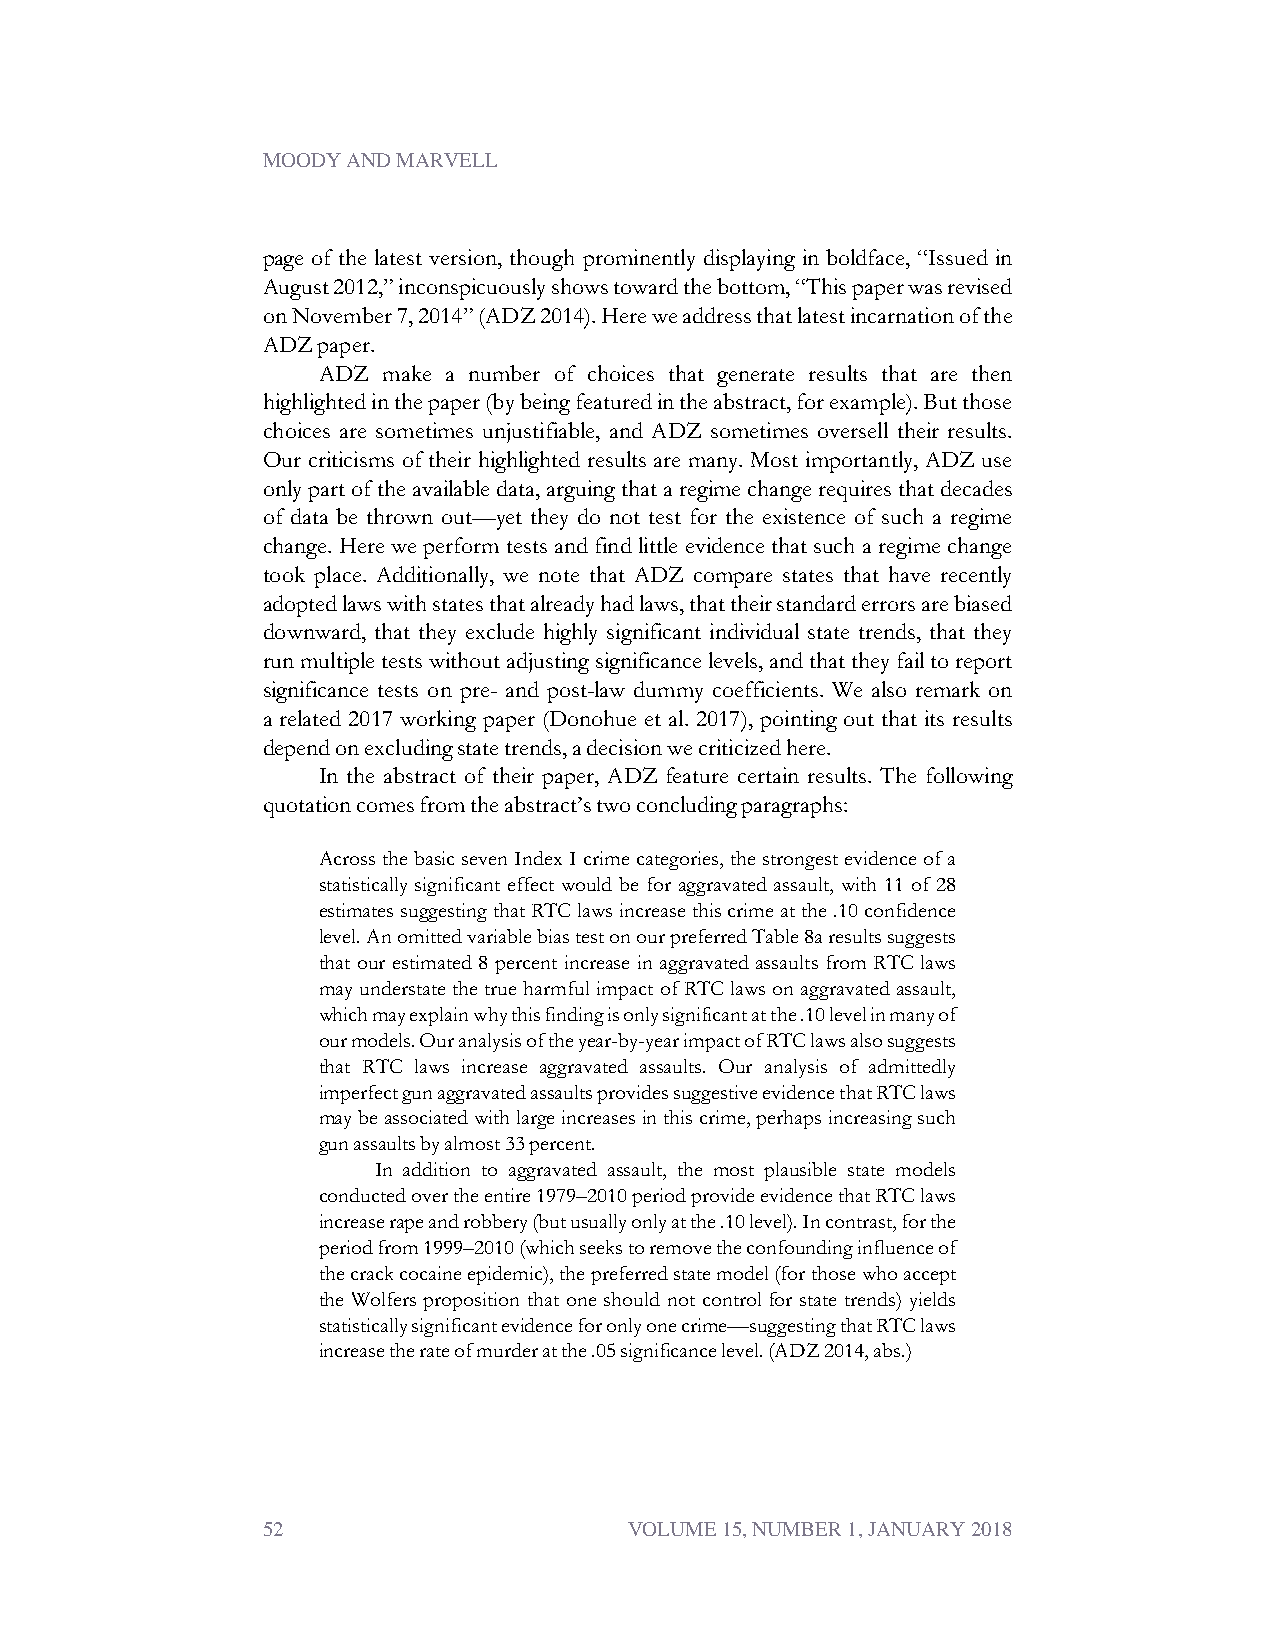
MOODY AND MARVELL
 page of the latest version, though prominently displaying in boldface, “Issued in
 August2012,”inconspicuouslyshowstowardthebottom,“Thispaperwasrevised
 onNovember7,2014”(ADZ2014).Hereweaddressthatlatestincarnationofthe
 ADZpaper.
 ADZ make a number of choices that generate results that are then
 highlightedinthepaper(bybeingfeaturedintheabstract,forexample).Butthose
 choices are sometimes unjustifiable, and ADZ sometimes oversell their results.
 Our criticisms of their highlighted results are many. Most importantly, ADZ use
 onlypartoftheavailabledata,arguingthataregimechangerequiresthatdecades
 of data be thrown out—yet they do not test for the existence of such a regime
 change. Here we perform tests and find little evidence that such a regime change
 took place. Additionally, we note that ADZ compare states that have recently
 adoptedlawswithstatesthatalreadyhadlaws,thattheirstandarderrorsarebiased
 downward, that they exclude highly significant individual state trends, that they
 runmultipletestswithoutadjustingsignificancelevels,andthattheyfailtoreport
 significance tests on pre- and post-law dummy coefficients. We also remark on
 a related 2017 working paper (Donohue et al. 2017), pointing out that its results
 dependonexcludingstatetrends,adecisionwecriticizedhere.
 In the abstract of their paper, ADZ feature certain results. The following
 quotationcomesfromtheabstract’stwoconcludingparagraphs:
 AcrossthebasicsevenIndexIcrimecategories,thestrongestevidenceofa
 statistically significant effect would be for aggravated assault, with 11 of 28
 estimatessuggestingthatRTClawsincreasethiscrimeatthe.10confidence
 level.AnomittedvariablebiastestonourpreferredTable8aresultssuggests
 that our estimated 8 percent increase in aggravated assaults from RTC laws
 may understate the true harmful impact of RTC laws on aggravated assault,
 whichmayexplainwhythisfindingisonlysignificantatthe.10levelinmanyof
 ourmodels.Ouranalysisoftheyear-by-yearimpactofRTClawsalsosuggests
 that RTC laws increase aggravated assaults. Our analysis of admittedly
 imperfectgunaggravatedassaultsprovidessuggestiveevidencethatRTClaws
 maybeassociatedwithlargeincreasesinthiscrime,perhapsincreasingsuch
 gunassaultsbyalmost33percent.
 In addition to aggravated assault, the most plausible state models
 conductedovertheentire1979–2010periodprovideevidencethatRTClaws
 increaserapeandrobbery(butusuallyonlyatthe.10level).Incontrast,forthe
 periodfrom1999–2010(whichseekstoremovetheconfoundinginfluenceof
 thecrackcocaineepidemic),thepreferredstatemodel(forthosewhoaccept
 the Wolfers proposition that one should not control for state trends) yields
 statisticallysignificantevidenceforonlyonecrime—suggestingthatRTClaws
 increasetherateofmurderatthe.05significancelevel.(ADZ2014,abs.)
 52                       VOLUME 15, NUMBER 1, JANUARY 2018